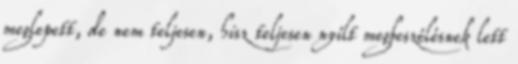
meglepett, de nem teljesen, hisz teljesen nyílt megbeszélésnek lett